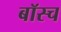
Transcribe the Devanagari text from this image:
बॉस्च